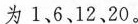
为1、6、12、20。